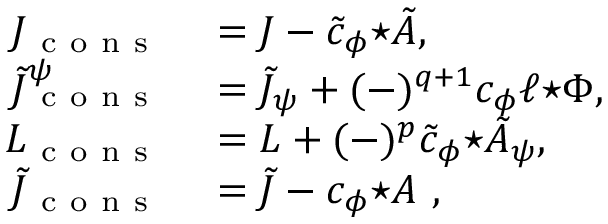
\begin{array} { r l } { J _ { \mathrm { ~ c ~ o ~ n ~ s ~ } } } & { { } = J - \tilde { c } _ { \phi } { \star \tilde { A } } , } \\ { \tilde { J } _ { \mathrm { ~ c ~ o ~ n ~ s ~ } } ^ { \psi } } & { { } = \tilde { J } _ { \psi } + ( - ) ^ { q + 1 } c _ { \phi } \ell { \star \Phi } , } \\ { L _ { \mathrm { ~ c ~ o ~ n ~ s ~ } } } & { { } = L + ( - ) ^ { p } \tilde { c } _ { \phi } { \star \tilde { A } _ { \psi } } , } \\ { \tilde { J } _ { \mathrm { ~ c ~ o ~ n ~ s ~ } } } & { { } = \tilde { J } - c _ { \phi } { \star A } ~ , } \end{array}